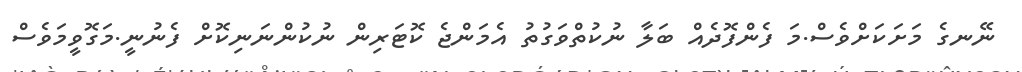
ނޭނގެ މަށަކަށްވެސް.މަ ފެންފޮދެއް ބަލާ ނުކުތްވަގުތު އެމަންޖެ ކޮޓަރިން ނުކުންނަނިކޮށް ފެނުނީ.މަގޮވީމަވެސް